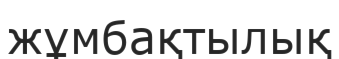
жұмбақтылық